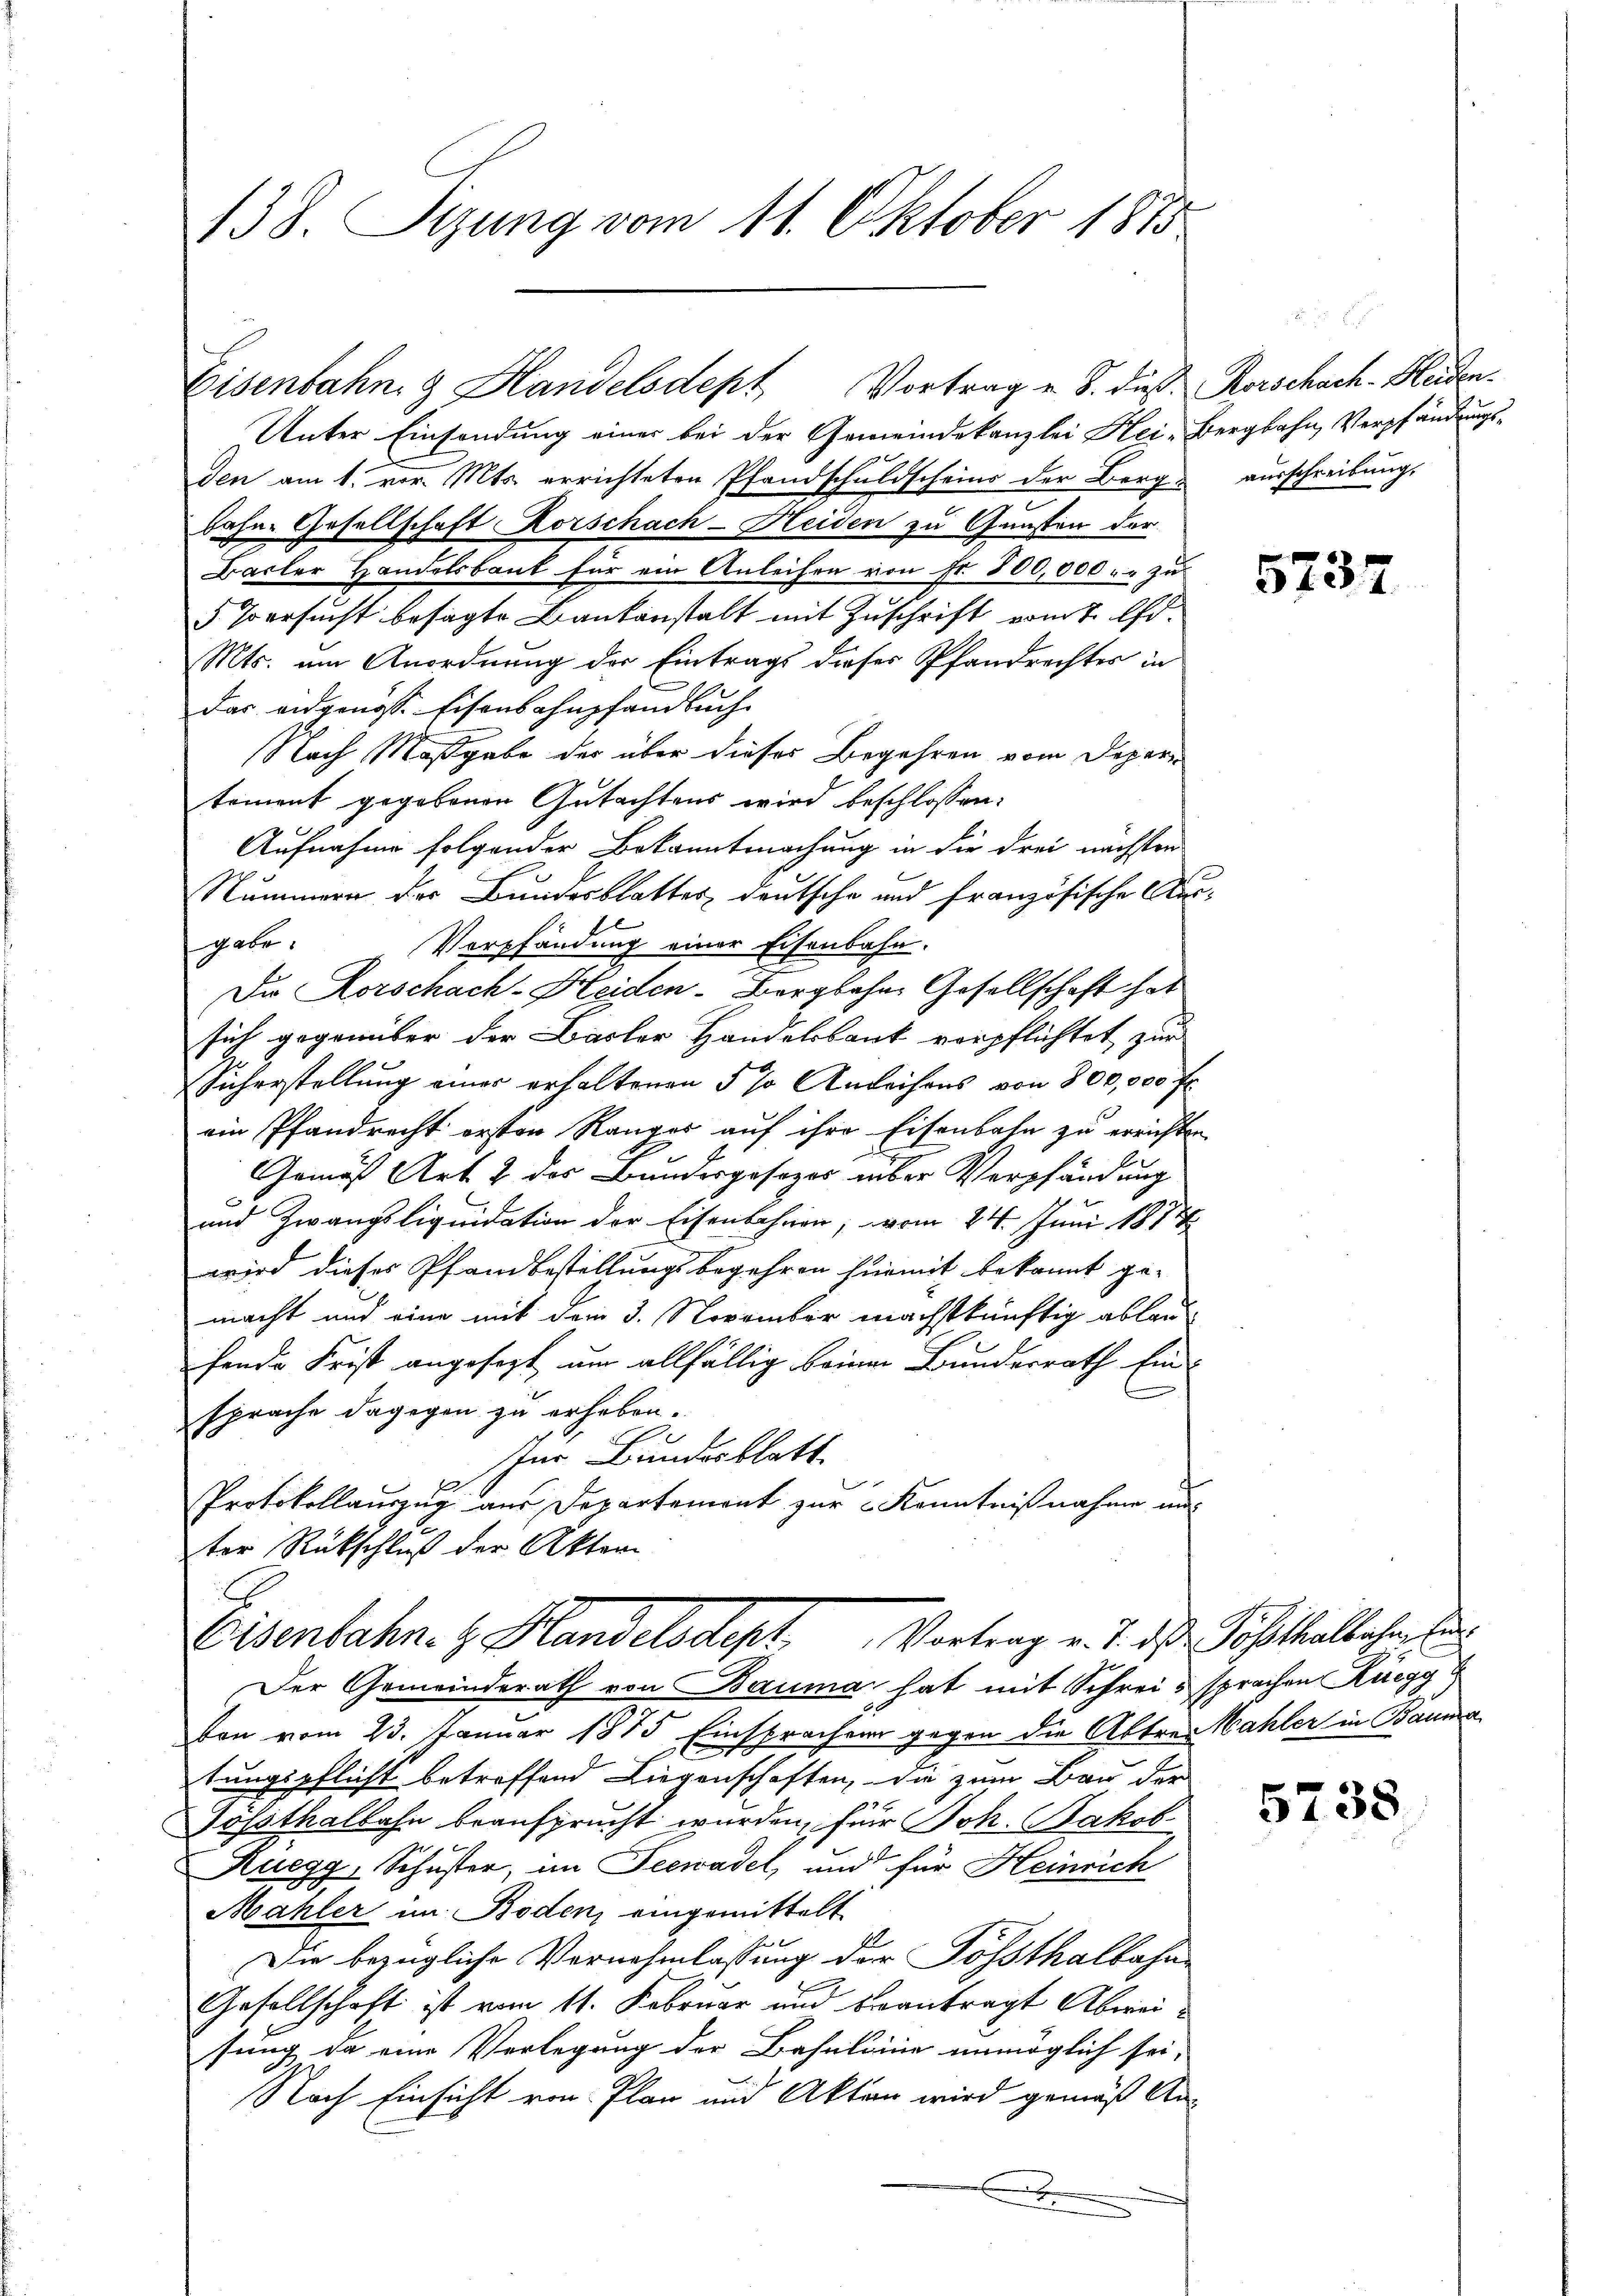
138. Sizung vom 11. Oktober 1875

Eisenbahn & Handelsdept Vortrag u. S. dieß Korschach-Kaden.

Unter Einsendung einer bei der Gemeindekanzlei Hei-Bergbahn, Verpfändungsden am 1. vor. Mts. errichteten Pfandschuldscheins der Berg ausschreibung,
bahne Gesellschaft Korschach-Heiden zu Gunsten der
Basler Handelsbaut für ein Anleihen von Fr. 800,000 - - zu
5 Versucht besagte Bankanstalt mit Zuschrift vom 7. d.
Mts. um Anordnung der Eintrags dieses Pfandrechtes in
das eidgenöss. Eisenbahnpfandbuch
Nach Maßgabe der über dieses Begehren vom Depar
tement gegebenen Gutachtens wird beschlossen:
Aufnahme folgender Bekanntmachung in die drei nächsten
Nummern der Bundesblattes, deutsche und französische Ausfgabe.
Verpfändung einer Eisenbahn.
Die Korschach-Heiden-Bergbahne Gesellschaft hat
sich gegenüber der Basler Handelsbank verpflichtet zur
Sicherstellung einer erhaltenen 5 % Anleihens von 800,000 fl.
ein Pfandrecht ersten Ranger auf ihre Eisenbahn zu errichten
e
Gemäß Art. 2 des Bundesgesezes über Verpfändung
und Zwangsliquidation der Eisenbahnen, vom 24. Juni 1874
wird dieses Pfandbestellungsbegehren hiemit bekannt ge-
macht und eine mit dem 3. November machstkünftig ablau
hende Frist angesezt um allfällig keiner Bundesrath Einsprache dagegen zu erheben.
für Bundesblatt
Protokollauszug aus Departement zur Kenntnißnahme un
ter Rückschluß der Akten
Eisenbahn. H. Standelsdept Vortrag v. J. das Posthalbachen E
Der Gemeinderath von Bauma hat mit Schreis sprachen Rüegg
ton vom 23. Januar 1875 Einsprachen gegen die Abtrei Wahler in Bauma
tungspflicht betreffend Liegenschaften, die zum Bau der
Jossthalbahn beansprucht wurden, für Joh. Jakob
Ruegg, Schuster, im Seewadel, und für Heinrich
Mahler im Boden, eingemittelt
a
Die bezügliche Vernehmlassung der Possthalbahn¬
Gesellschaft ist vom 11. Februar und beantragt Abweisung da eine Verlegung der Bahnlomie unmöglich sei,
Nach Einsicht von Plan und Akten wird gemäß An-
.

, 15 f

573

5738